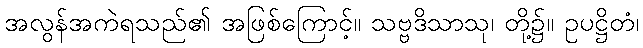
အလွန်အကဲရသည်၏ အဖြစ်ကြောင့်။ သဗ္ဗဒိသာသု၊ တို့၌။ ဥပဋ္ဌိတံ၊